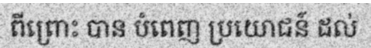
ពីព្រោះ បាន បំពេញ ប្រយោជន៍ ដល់